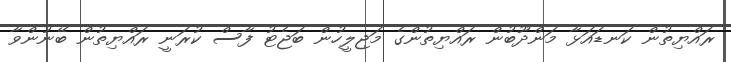
ރައްޔިތުން ކަނޑައަޅާ މަންދޫބުން ރައްޔިތުންގެ މަޖިލީހުން ބަޖެޓު ފާސް ކުރަނީ ރައްޔިތުން ބޭނުންވާ